Suggestions for procedure with regard to school attendance under the Education (Scotland) Act, 1936, sections 1 to 3 and 5, 1936
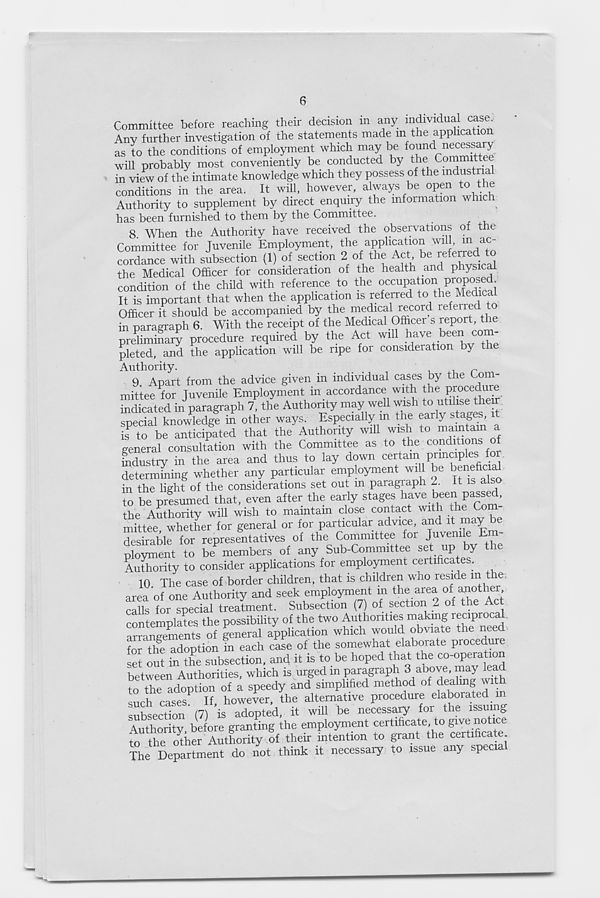
6
Committee before reaching their decision in any indmdual case.,
Any further investigation of the statements made in the application
as to the conditions of employment which may be found necessary
will probably most conveniently be conducted by the Committee
in view of the intimate knowledge which they possess of the industrial
conditions in the area. It will, however, always be open to the
Authority to supplement by direct enquiry the information which
has been furnished to them by the Committee.
8 When the Authority have received the observations of the
Committee for Juvenile Employment, the application will, m ac-
cordance with subsection (1) of section 2 of the Act, be r efe P' ed . ^
the Medical Officer for consideration of the health and physical
condition of the child with reference to the occupation proposed
It is important that when the application is referred to the Medical
Officer it should be accompanied by the medical record refened t
in paragraph 6. With the receipt of the Medical Officer s report, the
preliminary procedure required by the Act will .^a ve t® e V C°t “g
pleted, and the application will be ripe for consideration by the
Authority.
...
^ ^ r
9 Apart from the advice given in individual cases by the uom-
mittee for Juvenile Employment in accordance with the procedure
indicated in paragraph 7, the Authority may well wish to utilise their
specialknowledge in other ways. Especially in the early stages, rt
i^ to be anticipated that the Authority will wish to maintain a
general consultation with the Committee as to the conditions of
industry in the area and thus to lay down certain principles for
determffiing whether any particular employment will be beneficia^
in the light of the considerations set out m paragiaph 2. It is a
to be presumed that, even after the early stages ^a v ®.^e n P a^:
the Authority will wish to maintain close contact with the Co
mittee whether for general or for particular advice, and it may be
desirable^ for representatives of the Committee for Juvenile Em-
ployment to be members of any Sub-Committee set up y
Authority to consider applications for employment certificate .
10
The case of border childre
area of one Authority and seek employment m the area of another
calls for special treatment. Subsection (7) of section 2 of the Act
contemplates the possibility of the two Authorities making reciprocal
arrangements of general application which would obviate the need
for the adoption in each case of the somewhat elaborate procedure
set out in the subsection, and it is to be hoped that the co-operation
between Authorities, which is urged in paragraph 3 above, may lead
to the adoption of a speedy and simplified method of dealing with
such cases” If, however, the alternative procedure elaborated in
subsection (7) is adopted, it will be necessary for the issuing
Authority before granting the employment certificate to grve notice
to the other Authority of their intention to grant the certificate.
The Department do not think it necessary to issue any special